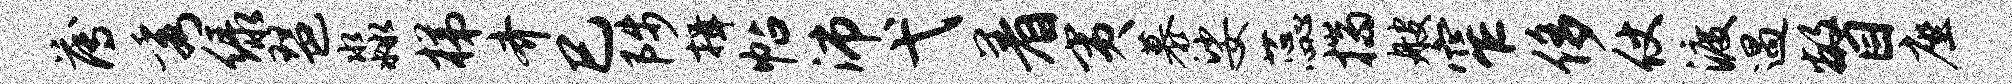
薄秀绿琶淼梯齐巳陟揖帖沛弋着夷慕娑蕊揣艘窄侈仗渡遇瞥座